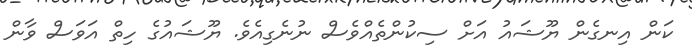
ކަން އިނގެން ޔޫޝައު އަށް ސިކުންތެއްވެސް ނުނެގިއެވެ. ޔޫޝައުގެ ހިތް އަވަސް ވާން